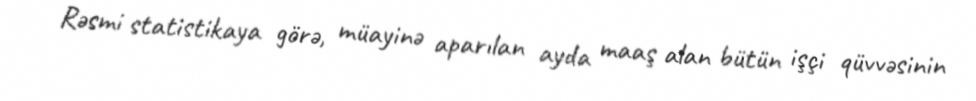
Rəsmi statistikaya görə, müayinə aparılan ayda maaş alan bütün işçi qüvvəsinin